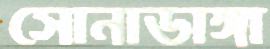
সোনাডাঙ্গা